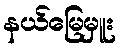
နယ်မြေမှူး